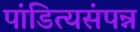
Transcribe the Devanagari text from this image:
पांडित्यसंपन्न